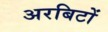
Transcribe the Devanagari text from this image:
अरबिटों